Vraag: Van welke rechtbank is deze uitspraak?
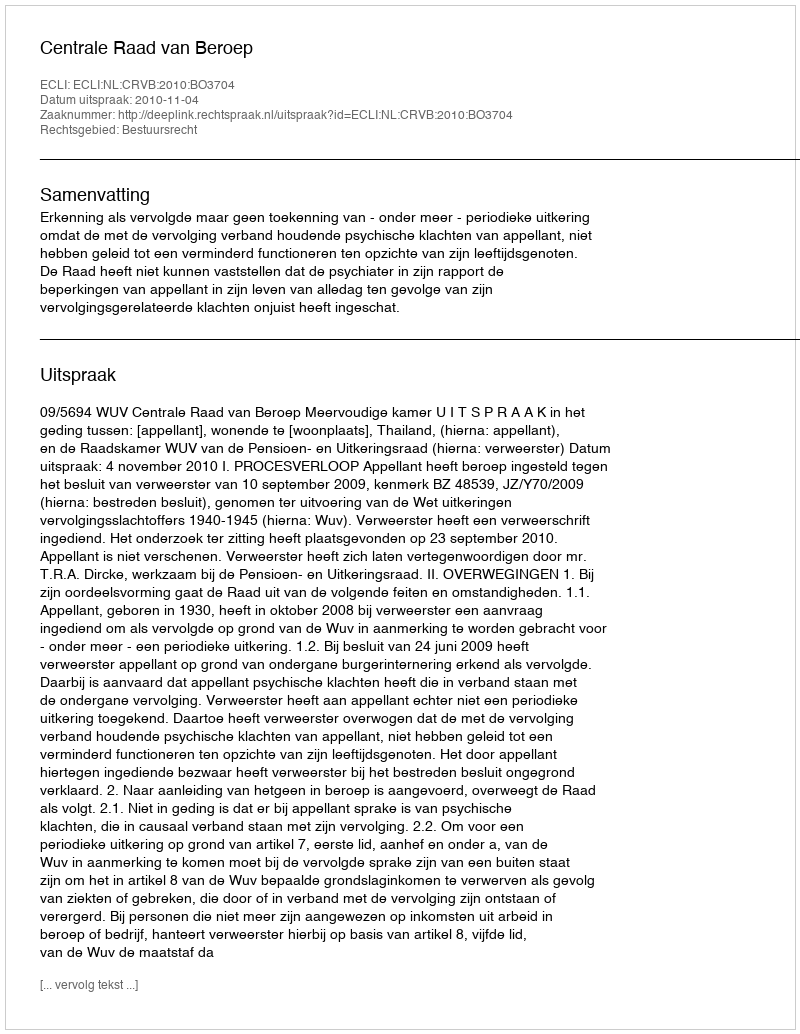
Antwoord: Centrale Raad van Beroep